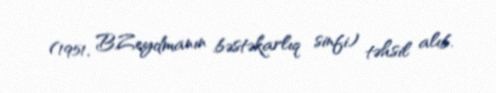
(1951, B.Zeydmanın bəstəkarlıq sinfi) təhsil alıb.